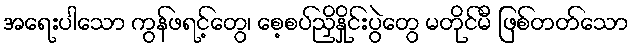
အရေးပါသော ကွန်ဖရင့်တွေ၊ စေ့စပ်ညှိနှိုင်းပွဲတွေ မတိုင်မီ ဖြစ်တတ်သော